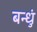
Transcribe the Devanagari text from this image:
बन्धुं